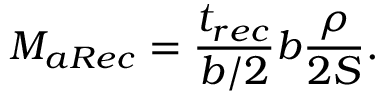
M _ { a R e c } = \frac { t _ { r e c } } { b / 2 } b \frac { \rho } { 2 S } .